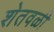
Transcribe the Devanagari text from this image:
शेतवळी